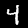
Digit: 4